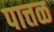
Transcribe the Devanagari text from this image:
पात्तळ